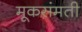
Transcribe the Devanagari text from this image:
मूकसंमती